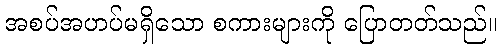
အစပ်အဟပ်မရှိသော စကားများကို ပြောတတ်သည်။